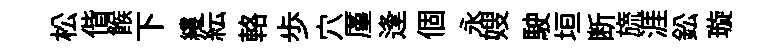
松偕餱下縷紜輅歩穴厪逢個永嫂駛垣断旒涯鈆璇